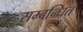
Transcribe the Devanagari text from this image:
सम्‍बन्‍धित